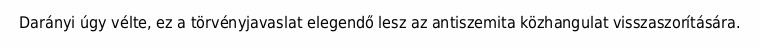
Darányi úgy vélte, ez a törvényjavaslat elegendő lesz az antiszemita közhangulat visszaszorítására.